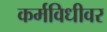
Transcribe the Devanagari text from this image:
कर्मविधीवर